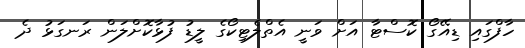
ހާފްގައި ޑިއޭގޯ ކޮސްޓާ އަށް ވަނީ އެތްލެޓިކޯގެ ލީޑު ފުޅާކޮށްލަން ރަނގަޅު ދެ